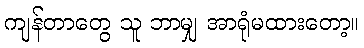
ကျန်တာတွေ သူ ဘာမျှ အာရုံမထားတော့။